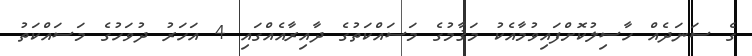
ގެ ސަނަދެއް ހާސިލުކޮށްފައިވުމާއެކު މަޤާމުގެ މަސައްކަތުގެ ދާއިރާއެއްގައި 4 އަހަރު ދުވަހުގެ މަސައްކަތު